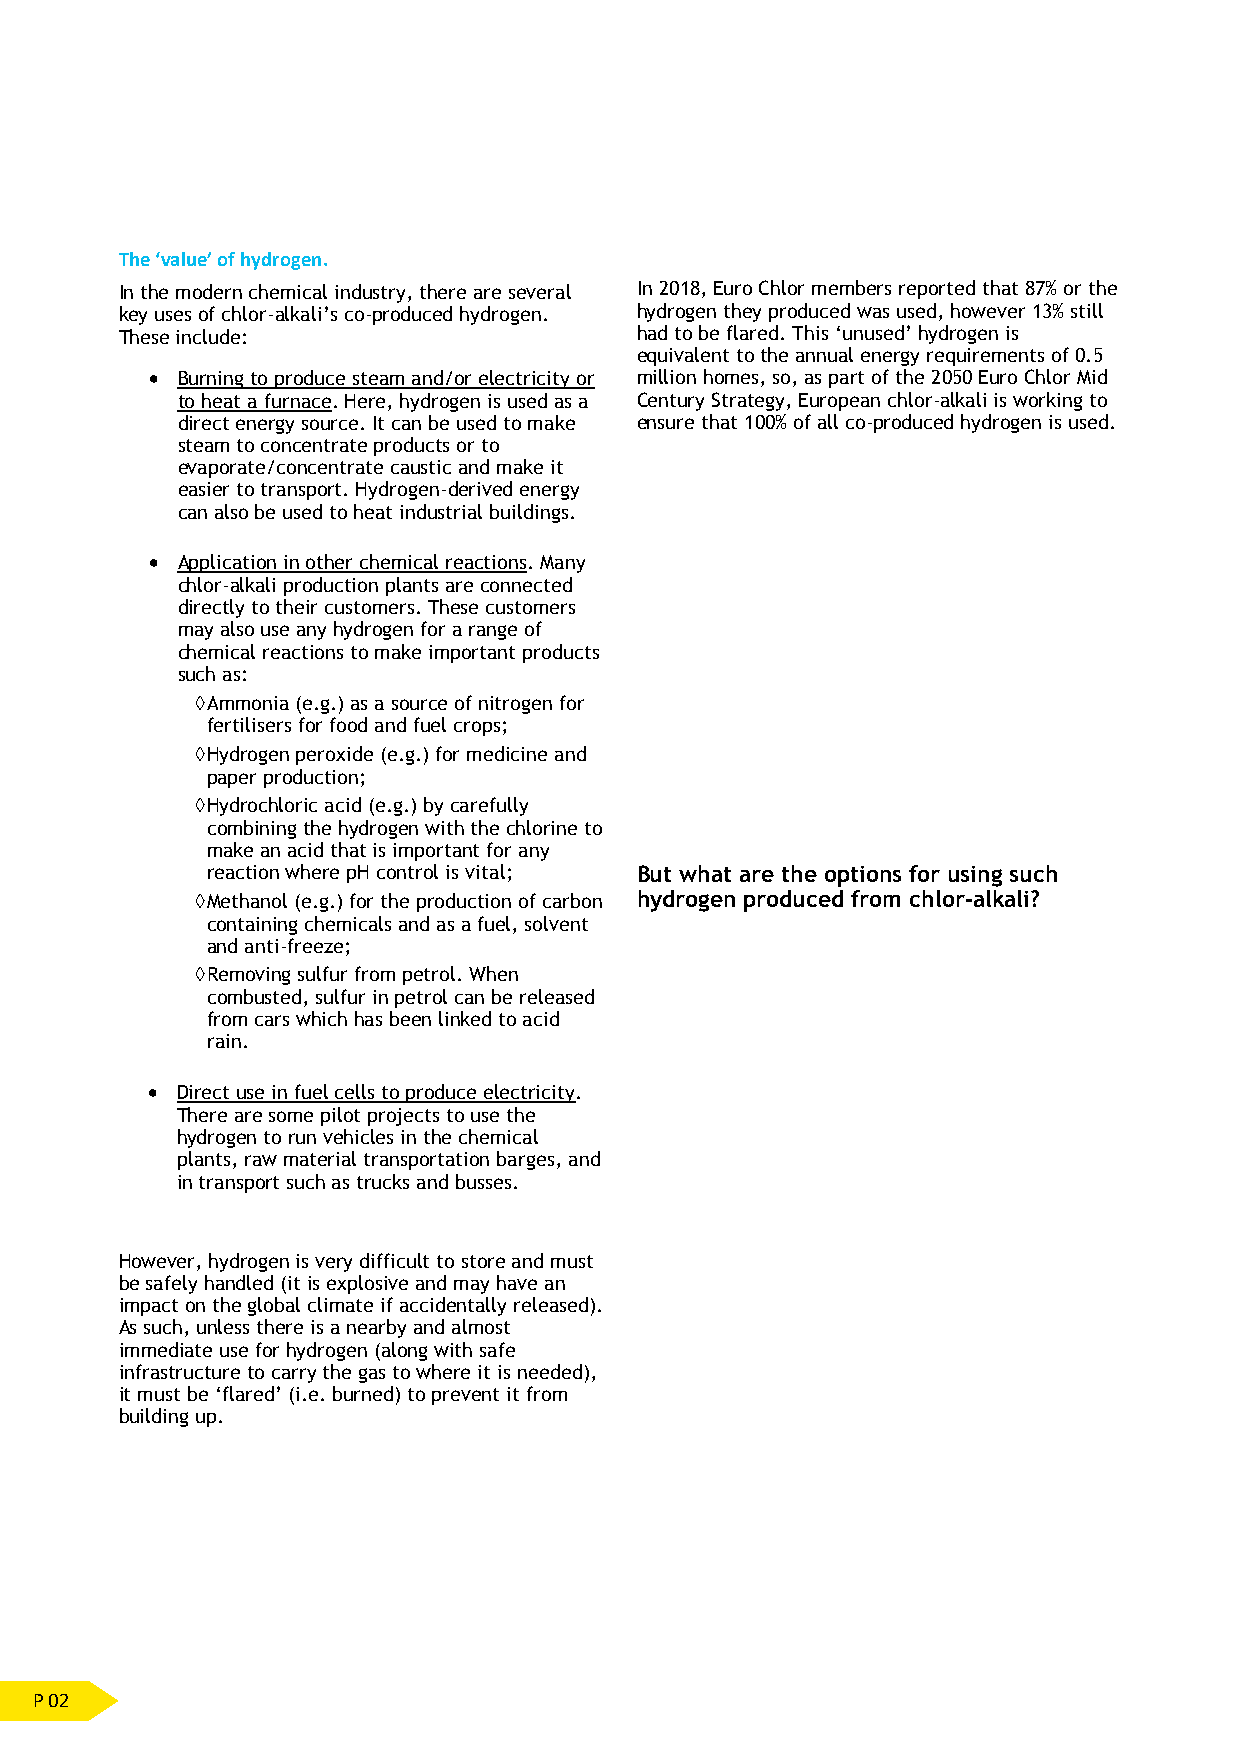
The ‘value’ of hydrogen.
 In the modern chemical industry, there are several In 2018, Euro Chlor members reported that 87% or the
 key uses of chlor-alkali’s co-produced hydrogen. hydrogen they produced was used, however 13% still
 These include:                    had to be flared. This ‘unused’ hydrogen is
 equivalent to the annual energy requirements of 0.5
 • Burning to produce steam and/or electricity or million homes, so, as part of the 2050 Euro Chlor Mid
 to heat a furnace. Here, hydrogen is used as a Century Strategy, European chlor-alkali is working to
 direct energy source. It can be used to make ensure that 100% of all co-produced hydrogen is used.
 steam to concentrate products or to
 evaporate/concentrate caustic and make it
 easier to transport. Hydrogen-derived energy
 can also be used to heat industrial buildings.
 • Application in other chemical reactions. Many
 chlor-alkali production plants are connected
 directly to their customers. These customers
 may also use any hydrogen for a range of
 chemical reactions to make important products
 such as:
  Ammonia (e.g.) as a source of nitrogen for
 fertilisers for food and fuel crops;
  Hydrogen peroxide (e.g.) for medicine and
 paper production;
  Hydrochloric acid (e.g.) by carefully
 combining the hydrogen with the chlorine to
 make an acid that is important for any
 reaction where pH control is vital; But what are the options for using such
  Methanol (e.g.) for the production of carbon hydrogen produced from chlor-alkali?
 containing chemicals and as a fuel, solvent
 and anti-freeze;
  Removing sulfur from petrol. When
 combusted, sulfur in petrol can be released
 from cars which has been linked to acid
 rain.
 • Direct use in fuel cells to produce electricity.
 There are some pilot projects to use the
 hydrogen to run vehicles in the chemical
 plants, raw material transportation barges, and
 in transport such as trucks and busses.
 However, hydrogen is very difficult to store and must
 be safely handled (it is explosive and may have an
 impact on the global climate if accidentally released).
 As such, unless there is a nearby and almost
 immediate use for hydrogen (along with safe
 infrastructure to carry the gas to where it is needed),
 it must be ‘flared’ (i.e. burned) to prevent it from
 building up.
 P 02